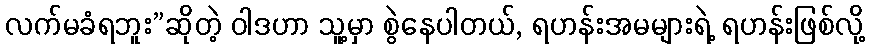
လက်မခံရဘူး”ဆိုတဲ့ ဝါဒဟာ သူ့မှာ စွဲနေပါတယ်, ရဟန်းအမများရဲ့ ရဟန်းဖြစ်လို့